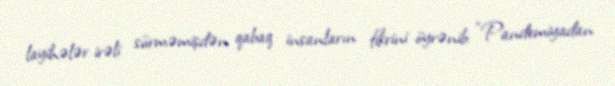
layihələr irəli sürməmişdən qabaq insanların fikrini öyrənib: “Pandemiyadan